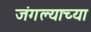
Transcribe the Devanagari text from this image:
जंगल्याच्या